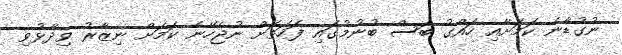
ނުގުޑާނެ ކަމަށާއި ހައްގު ބަސް ބުނުމުގައި ފަހަތަށް ނުޖެހޭނެ ކަމަށް ނިޒާރު ވިދާޅުވި